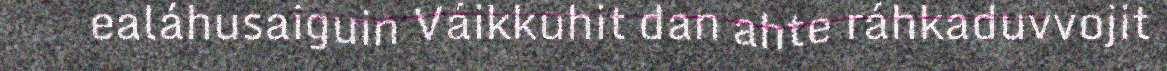
ealáhusaiguin Váikkuhit dan ahte ráhkaduvvojit